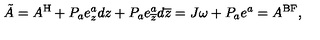
\tilde { A } = A ^ { \mathrm { H } } + P _ { a } e _ { z } ^ { a } d z + P _ { a } e _ { \overline { { z } } } ^ { a } d \overline { { z } } = J \omega + P _ { a } e ^ { a } = A ^ { \mathrm { B F } } ,